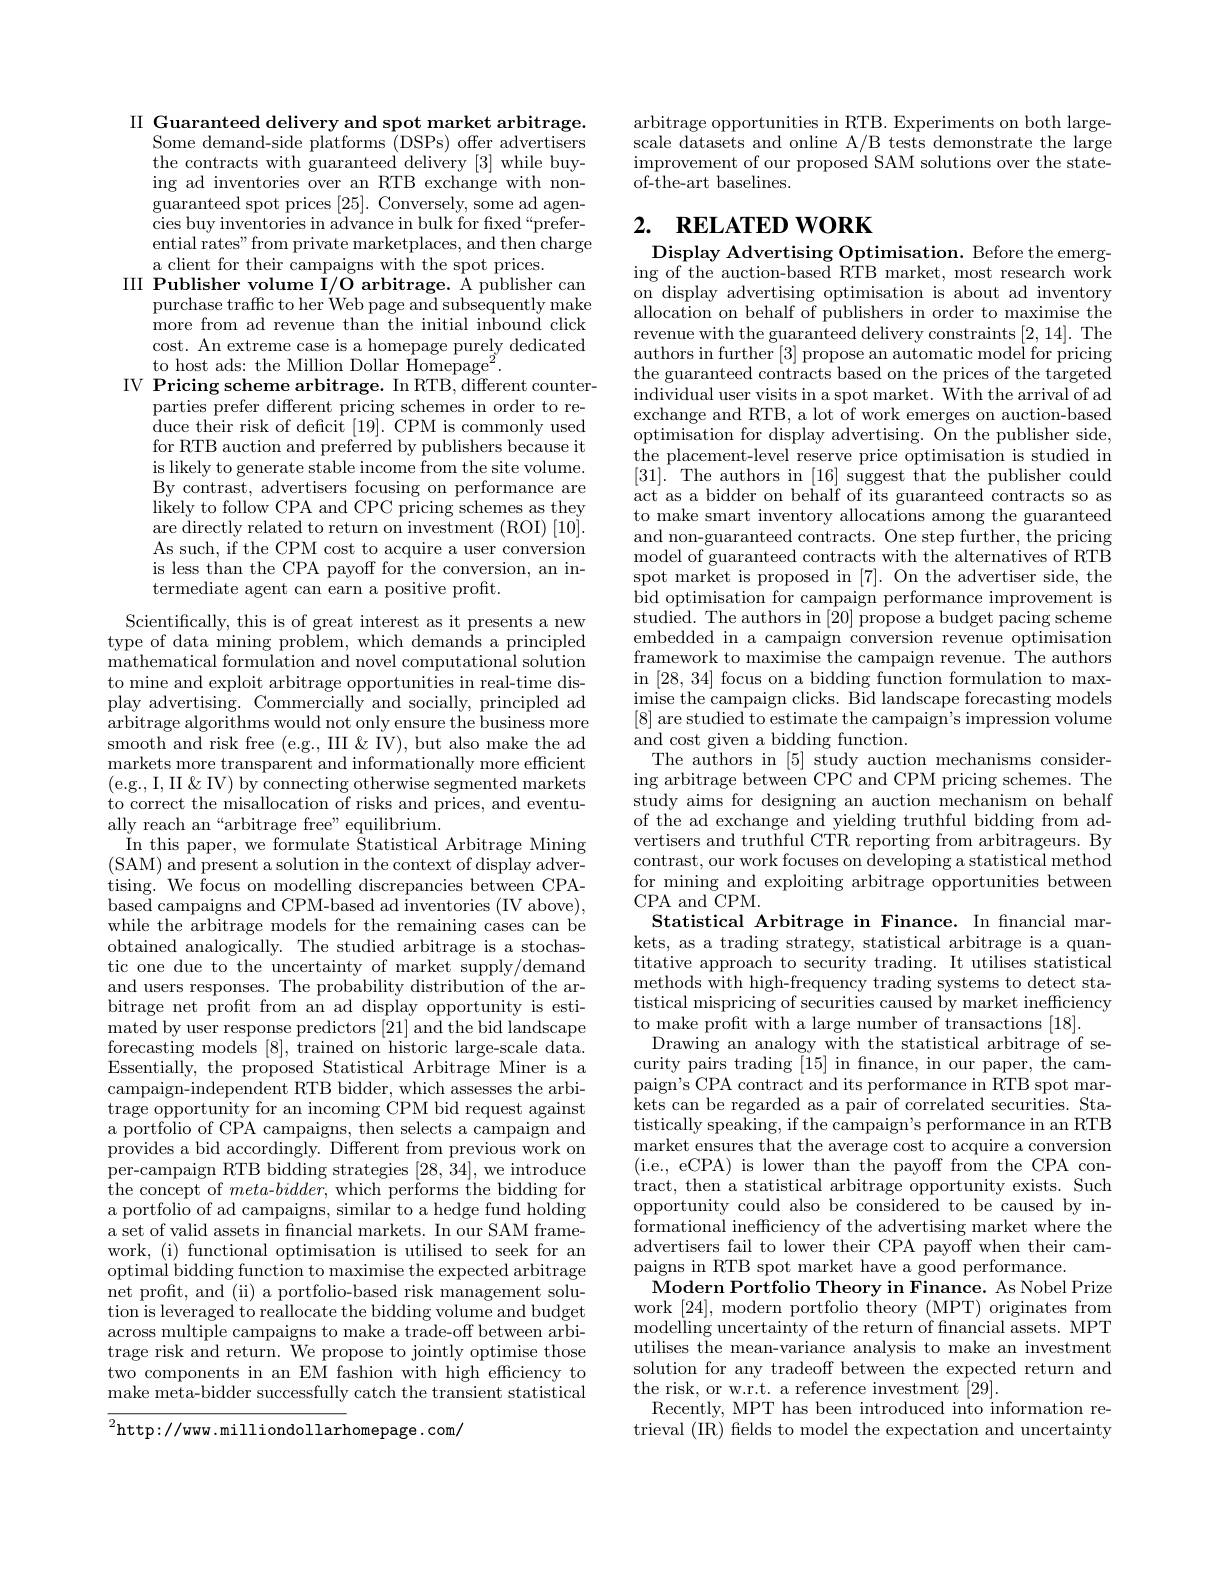
II Guaranteed delivery and spot market arbitrage.
Some demand-side platforms (DSPs) offer advertisers the contracts with guaranteed delivery [3] while buying ad inventories over an RTB exchange with non- $\begin{array}{c}{\mathrm{guaranteed~spot~prices~[25].~Conversely,~some~ad~agen-}}\\{\mathrm{guaranteed~spot~prices~[25].~Conversely,~some~ad~agen-}}\end{array}$ cies buy inventories in advance in bulk for fixed“preferential rates" from private marketplaces, and then charge a client for their campaigns with the spot prices.
III Publisher volume I/O arbitrage. A publisher can
purchase traffic to her Web page and subsequently make more from ad revenue than the initial inbound click cost. An extreme case is a homepage purely dedicated to host ads: the Million Dol
IV Pricing scheme arbitrage.
parties prefer different pricing schemes in order to reduce their risk of deficit [ for RTB auction and preferred by publishers because it is likely to generate stable By contrast, advertisers foc likely to follow CPA and CPC pricing schemes as they are directly related to retu As such, if the CPM cost to acquire a user conversion is less than the CPA payoff termediate agent can earn a
Scientifically, this is of great interest as it presents a new

type of data mining problem, mathematical formulation and novel computational solution to mine and exploit arbitrag play advertising. Commercial arbitrage algorithms would n smooth and risk free (e.g., markets more transparent and $\begin{array}{l}(\mathrm{e.g.,~I,~II~\&~IV)~by~}\end{array}$ ally reach an “arbitrage fre
In this paper, we formulate $\hat{\text{Statistical Arbitrage Mining}}$ (SAM) and present a soluti tising. We focus on modellin based campaigns and CPM-base while the arbitrage models for the remaining cases can be obtained analogically. The s tic one due to the uncertainty of market supply/demand and users responses. The pro bitrage net profit from an ad display opportunity is estimated by user response predi forecasting models [8], trained on historic large-scale data. Essentially, the proposed St campaign-independent RTB bidder, which assesses the arbitrage opportunity for an incoming CPM bid request against a portfolio of CPA campaigns provides a bid accordingly. Different from previous work on per-campaign RTB bidding str the concept of meta-$bidder$, which performs the bidding for a portfolio of ad campaigns, a set of valid assets in fna work, (i) functional optimis optimal bidding function to maximise the expected arbitrage net profit, and (ii) a portfolio-based risk management solution is leveraged to realloc across multiple campaigns to trage risk and return. We pr two components in an EM fash make meta-bidder successfull $\overline{{^{2}\mathrm{http://www.milliond}}}$

arbitrage opportunities in R scale datasets and online A/ improvement of our proposed ${\mathrm{of-the-art~baselines.}}$

# 2. RELATED WORK

Display Advertising Optimisation. Before the emerg- ing of the auction-based RTB market, most research work on display advertising optimisation is about ad inventory allocation on behalf of publishers in order to maximise the revenue with the guaranteed delivery constraints [2,14]. The authors in further [3] propose an automatic model for pricing the guaranteed contracts based on the prices of the targeted individual user visits in a spot market. $\hat{With the arrival of ad}$ exchange and RTB, a lot of work emerges on auction-based optimisation for display advertising. On the publisher side, $\hat{\text{the placement-level reserve price optimisation is studied in}}$ [31]. The authors in [16] suggest that the publisher could act as a bidder on behalf of its guaranteed contracts so as to make smart inventory allocations among the guaranteed and non-guaranteed contracts. One step further, the pricing model of guaranteed contracts with the alternatives of RTB spot market is proposed in [7]. On the advertiser side, the bid optimisation for campaig studied. The authors in [20] propose a budget pacing scheme embedded in a campaign conve framework to maximise the campaign revenue. The authors in [28,34] focus on a bidding function formulation to maximise the campaign clicks. B [8] are studied to estimate the campaign's impression volume and cost given a bidding function.
The authors in [5] study a ing arbitrage between CPC an study aims for designing an of the ad exchange and yield vertisers and truthful CTR r contrast, our work focuses o for mining and exploiting ar CPA and CPM.
Statistical Arbitrage in Fin kets, as a trading strategy, titative approach to security trading. It utilises statistical methods with high-frequency tistical mispricing of securities caused by market inefficiency to make profit with a large
Drawing an analogy with the curity pairs trading [15] in fnance, in our paper, the campaign's CPA contract and its kets can be regarded as a pair of correlated securities. Statistically speaking, if the $\begin{array}{c}\mathrm{market~ensures~that~the~average~cost~to~acquire~a~conversion}\\\end{array}$ ( i. e. , eCPA) is lower than the payoff from the CPA con- tract, then a statistical ar opportunity could also be considered to be caused by informational inefficiency of advertisers fail to lower their CPA payoff when their campaigns in RTB spot market ha
Modern Portfolio Theory in Finance. As Nobel Prize work [24], modern portfoli ${\mathrm{modelling~uncertainty~of~the~return~of~financial~assets.~MPT}}$ utilises the mean-variance a solution for any tradeoff be the risk, or w.r.t. a reference investment [29].
Recently, MPT has been introduced into information retrieval (IR) felds to model the expectation and uncertainty